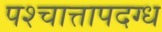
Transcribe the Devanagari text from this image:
पश्चात्तापदग्ध